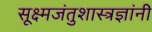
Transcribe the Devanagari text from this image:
सूक्ष्मजंतुशास्त्रज्ञांनी